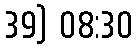
39) 08:30